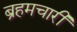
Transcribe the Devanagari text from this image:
ब्रहमचारी